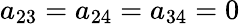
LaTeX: a_{23}=a_{24}=a_{34}=0